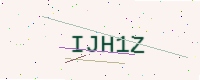
Text: IJH1Z